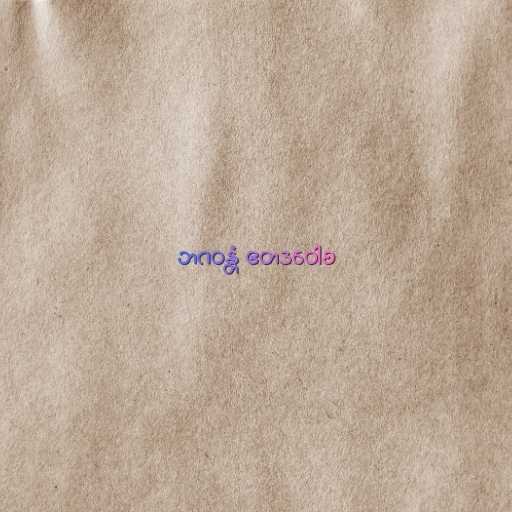
ဘဂဝန္တံ ဧတဒဝေါစ